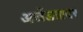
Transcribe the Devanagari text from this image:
अजेंड्यावर